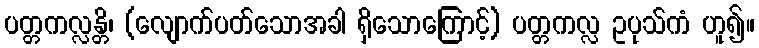
ပတ္တကလ္လန္တိ၊ (လျောက်ပတ်သောအခါ ရှိသောကြောင့်) ပတ္တကလ္လ ဥပုသ်ကံ ဟူ၍။